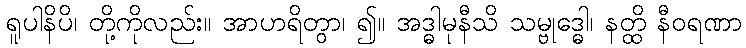
ရူပါနိပိ၊ တို့ကိုလည်း။ အာဟရိတွာ၊ ၍။ အဒ္ဓါမုနီသိ သမ္ဗုဒ္ဓေါ၊ နတ္ထိ နီဝရဏာ